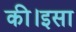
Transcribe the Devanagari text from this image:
की।इसा